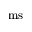
\mathrm { m s }